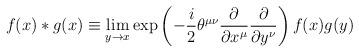
LaTeX: \begin{align*}f(x)*g(x)\equiv \lim_{y\rightarrow x}\exp\left( -\frac{i}{2}\theta^{\mu\nu}\frac{\partial}{\partial x^\mu}\frac{\partial}{\partial y^\nu}\right) f(x)g(y)\end{align*}